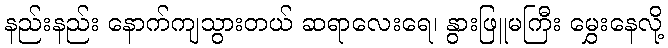
နည်းနည်း နောက်ကျသွားတယ် ဆရာလေးရေ၊ နွားဖြူမကြီး မွှေးနေလို့